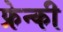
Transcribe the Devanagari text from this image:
फ्रेन्की